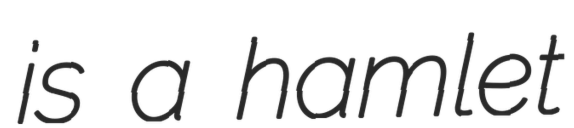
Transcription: is a hamlet